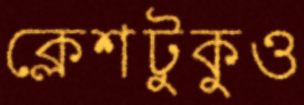
ক্লেশটুকুও